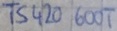
Text: TS420 600T